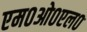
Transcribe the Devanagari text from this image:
एम०ओ०एल०